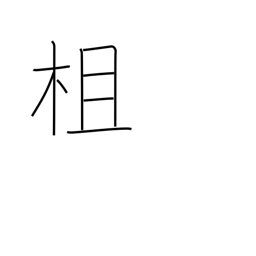
Meaning: railing